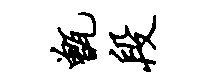
甑段